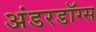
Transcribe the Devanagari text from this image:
अंडरडॉग्स